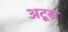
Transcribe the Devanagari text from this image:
अटूस